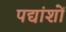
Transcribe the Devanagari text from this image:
पद्यांशों